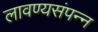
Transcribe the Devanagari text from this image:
लावण्यसंपन्न